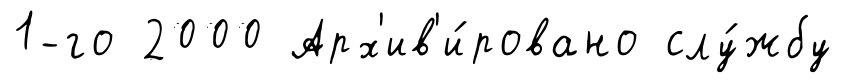
1-го 2000 Арх'ив'и́ровано слу́жбу